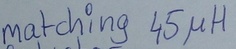
Text: matching 45µH